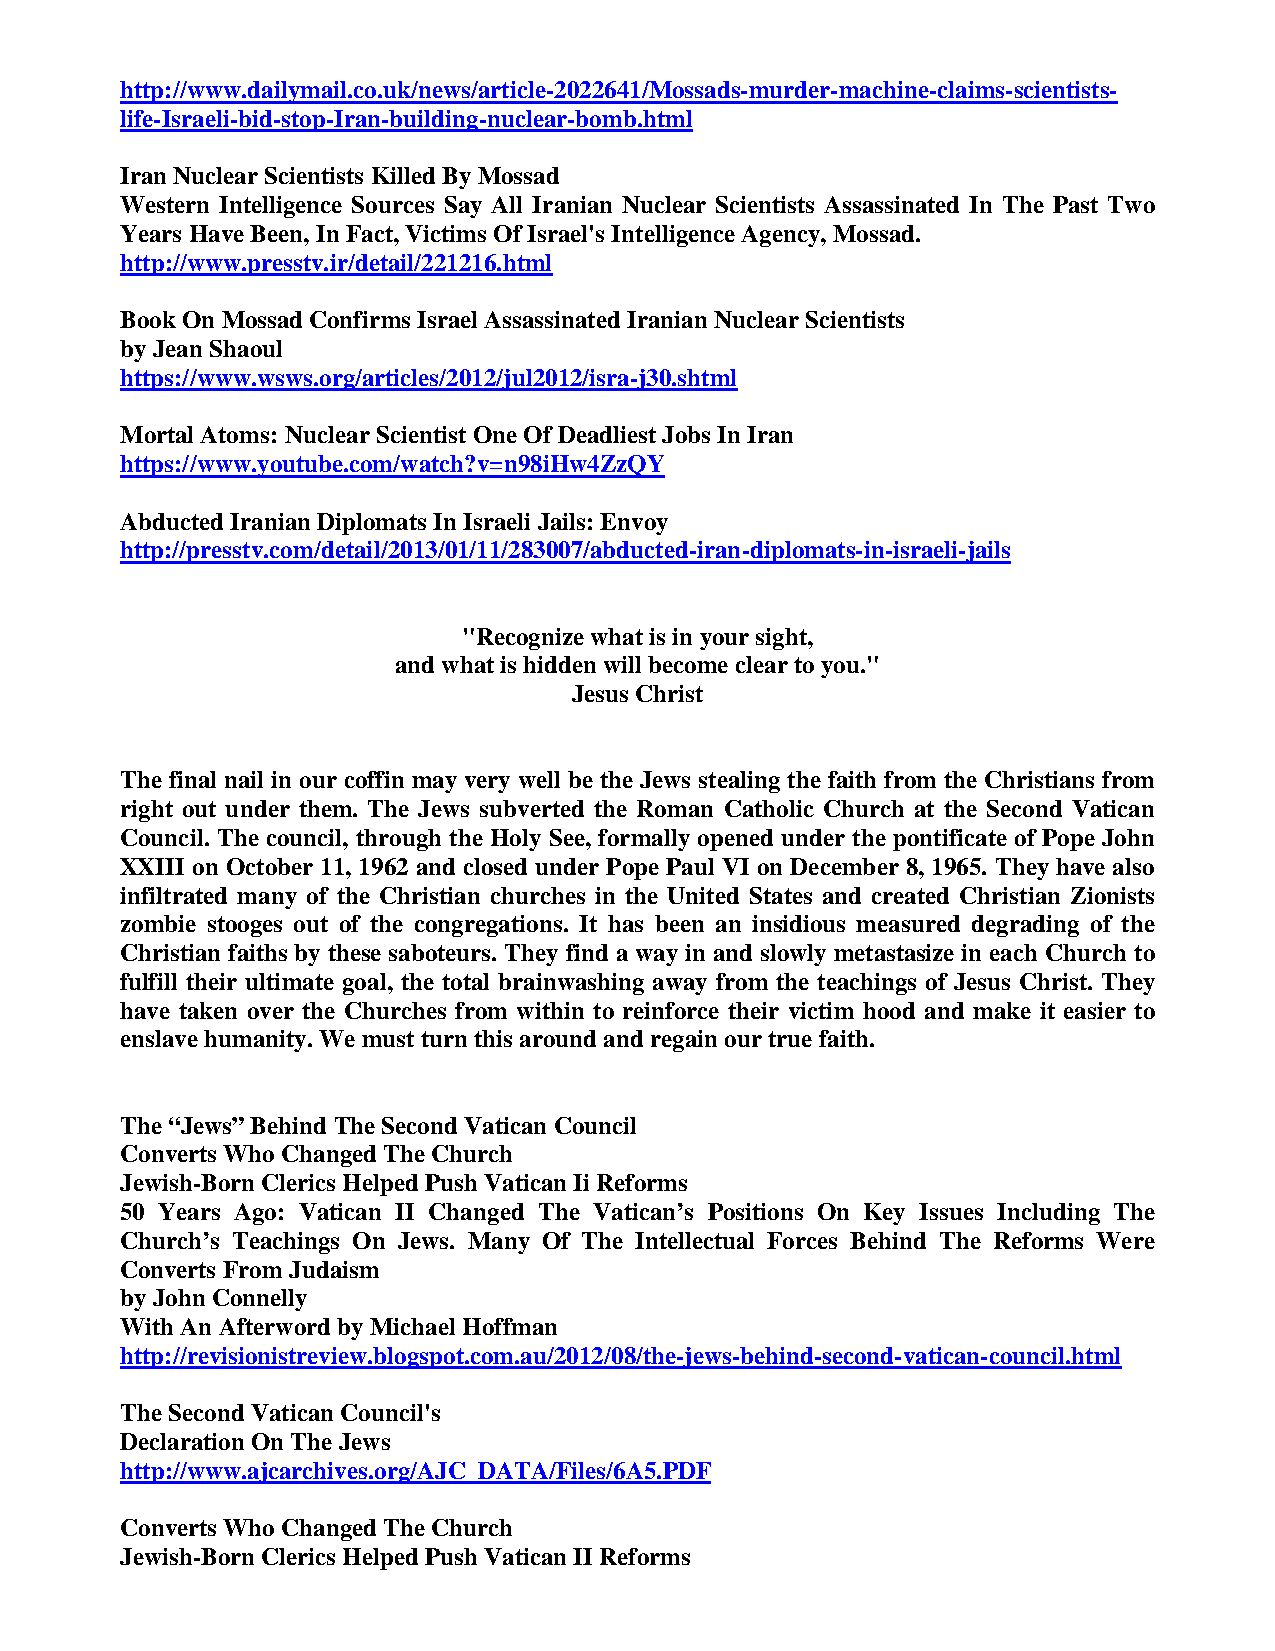
http://www.dailymail.co.uk/news/article-2022641/Mossads-murder-machine-claims-scientists-
 life-Israeli-bid-stop-Iran-building-nuclear-bomb.html
 Iran Nuclear Scientists Killed By Mossad
 Western Intelligence Sources Say All Iranian Nuclear Scientists Assassinated In The Past Two
 Years Have Been, In Fact, Victims Of Israel's Intelligence Agency, Mossad.
 http://www.presstv.ir/detail/221216.html
 Book On Mossad Confirms Israel Assassinated Iranian Nuclear Scientists
 by Jean Shaoul
 https://www.wsws.org/articles/2012/jul2012/isra-j30.shtml
 Mortal Atoms: Nuclear Scientist One Of Deadliest Jobs In Iran
 https://www.youtube.com/watch?v=n98iHw4ZzQY
 Abducted Iranian Diplomats In Israeli Jails: Envoy
 http://presstv.com/detail/2013/01/11/283007/abducted-iran-diplomats-in-israeli-jails
 "Recognize what is in your sight,
 and what is hidden will become clear to you."
 Jesus Christ
 The final nail in our coffin may very well be the Jews stealing the faith from the Christians from
 right out under them. The Jews subverted the Roman Catholic Church at the Second Vatican
 Council. The council, through the Holy See, formally opened under the pontificate of Pope John
 XXIII on October 11, 1962 and closed under Pope Paul VI on December 8, 1965. They have also
 infiltrated many of the Christian churches in the United States and created Christian Zionists
 zombie stooges out of the congregations. It has been an insidious measured degrading of the
 Christian faiths by these saboteurs. They find a way in and slowly metastasize in each Church to
 fulfill their ultimate goal, the total brainwashing away from the teachings of Jesus Christ. They
 have taken over the Churches from within to reinforce their victim hood and make it easier to
 enslave humanity. We must turn this around and regain our true faith.
 The “Jews” Behind The Second Vatican Council
 Converts Who Changed The Church
 Jewish-Born Clerics Helped Push Vatican Ii Reforms
 50 Years Ago: Vatican II Changed The Vatican’s Positions On Key Issues Including The
 Church’s Teachings On Jews. Many Of The Intellectual Forces Behind The Reforms Were
 Converts From Judaism
 by John Connelly
 With An Afterword by Michael Hoffman
 http://revisionistreview.blogspot.com.au/2012/08/the-jews-behind-second-vatican-council.html
 The Second Vatican Council's
 Declaration On The Jews
 http://www.ajcarchives.org/AJC_DATA/Files/6A5.PDF
 Converts Who Changed The Church
 Jewish-Born Clerics Helped Push Vatican II Reforms